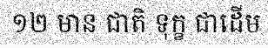
១២ មាន ជាតិ ទុក្ខ ជាដើម